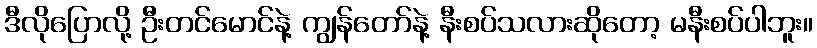
ဒီလိုပြောလို့ ဦးတင်မောင်နဲ့ ကျွန်တော်နဲ့ နီးစပ်သလားဆိုတော့ မနီးစပ်ပါဘူး။